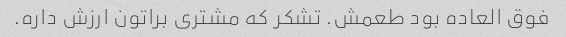
فوق العاده بود طعمش. تشکر که مشتری براتون ارزش داره.